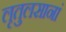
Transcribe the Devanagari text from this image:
लृतुलसानां